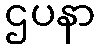
ဌပနာ